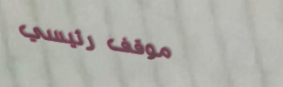
موقف رئيسي